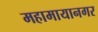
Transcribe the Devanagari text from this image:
महामायानगर